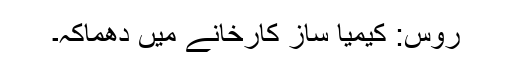
روس: کیمیا ساز کارخانے میں دھماکہ۔